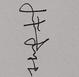
Signature authenticity: genuine